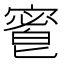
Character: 𡪆